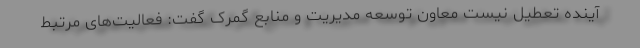
آینده تعطیل نیست معاون توسعه مدیریت و منابع گمرک گفت: فعالیت‌های مرتبط